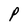
Character: P